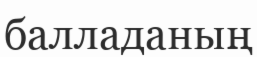
балладаның